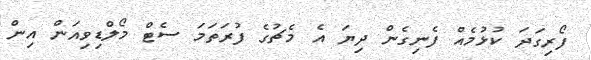
ފޯރިގަދަ ކުޅުމެއް ފެނިގެން ދިޔަ އެ މެޗުގެ ފުރަތަމަ ސެޓް މޯލްޑިވިއަން އިން